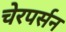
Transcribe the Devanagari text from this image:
चेरपर्सन